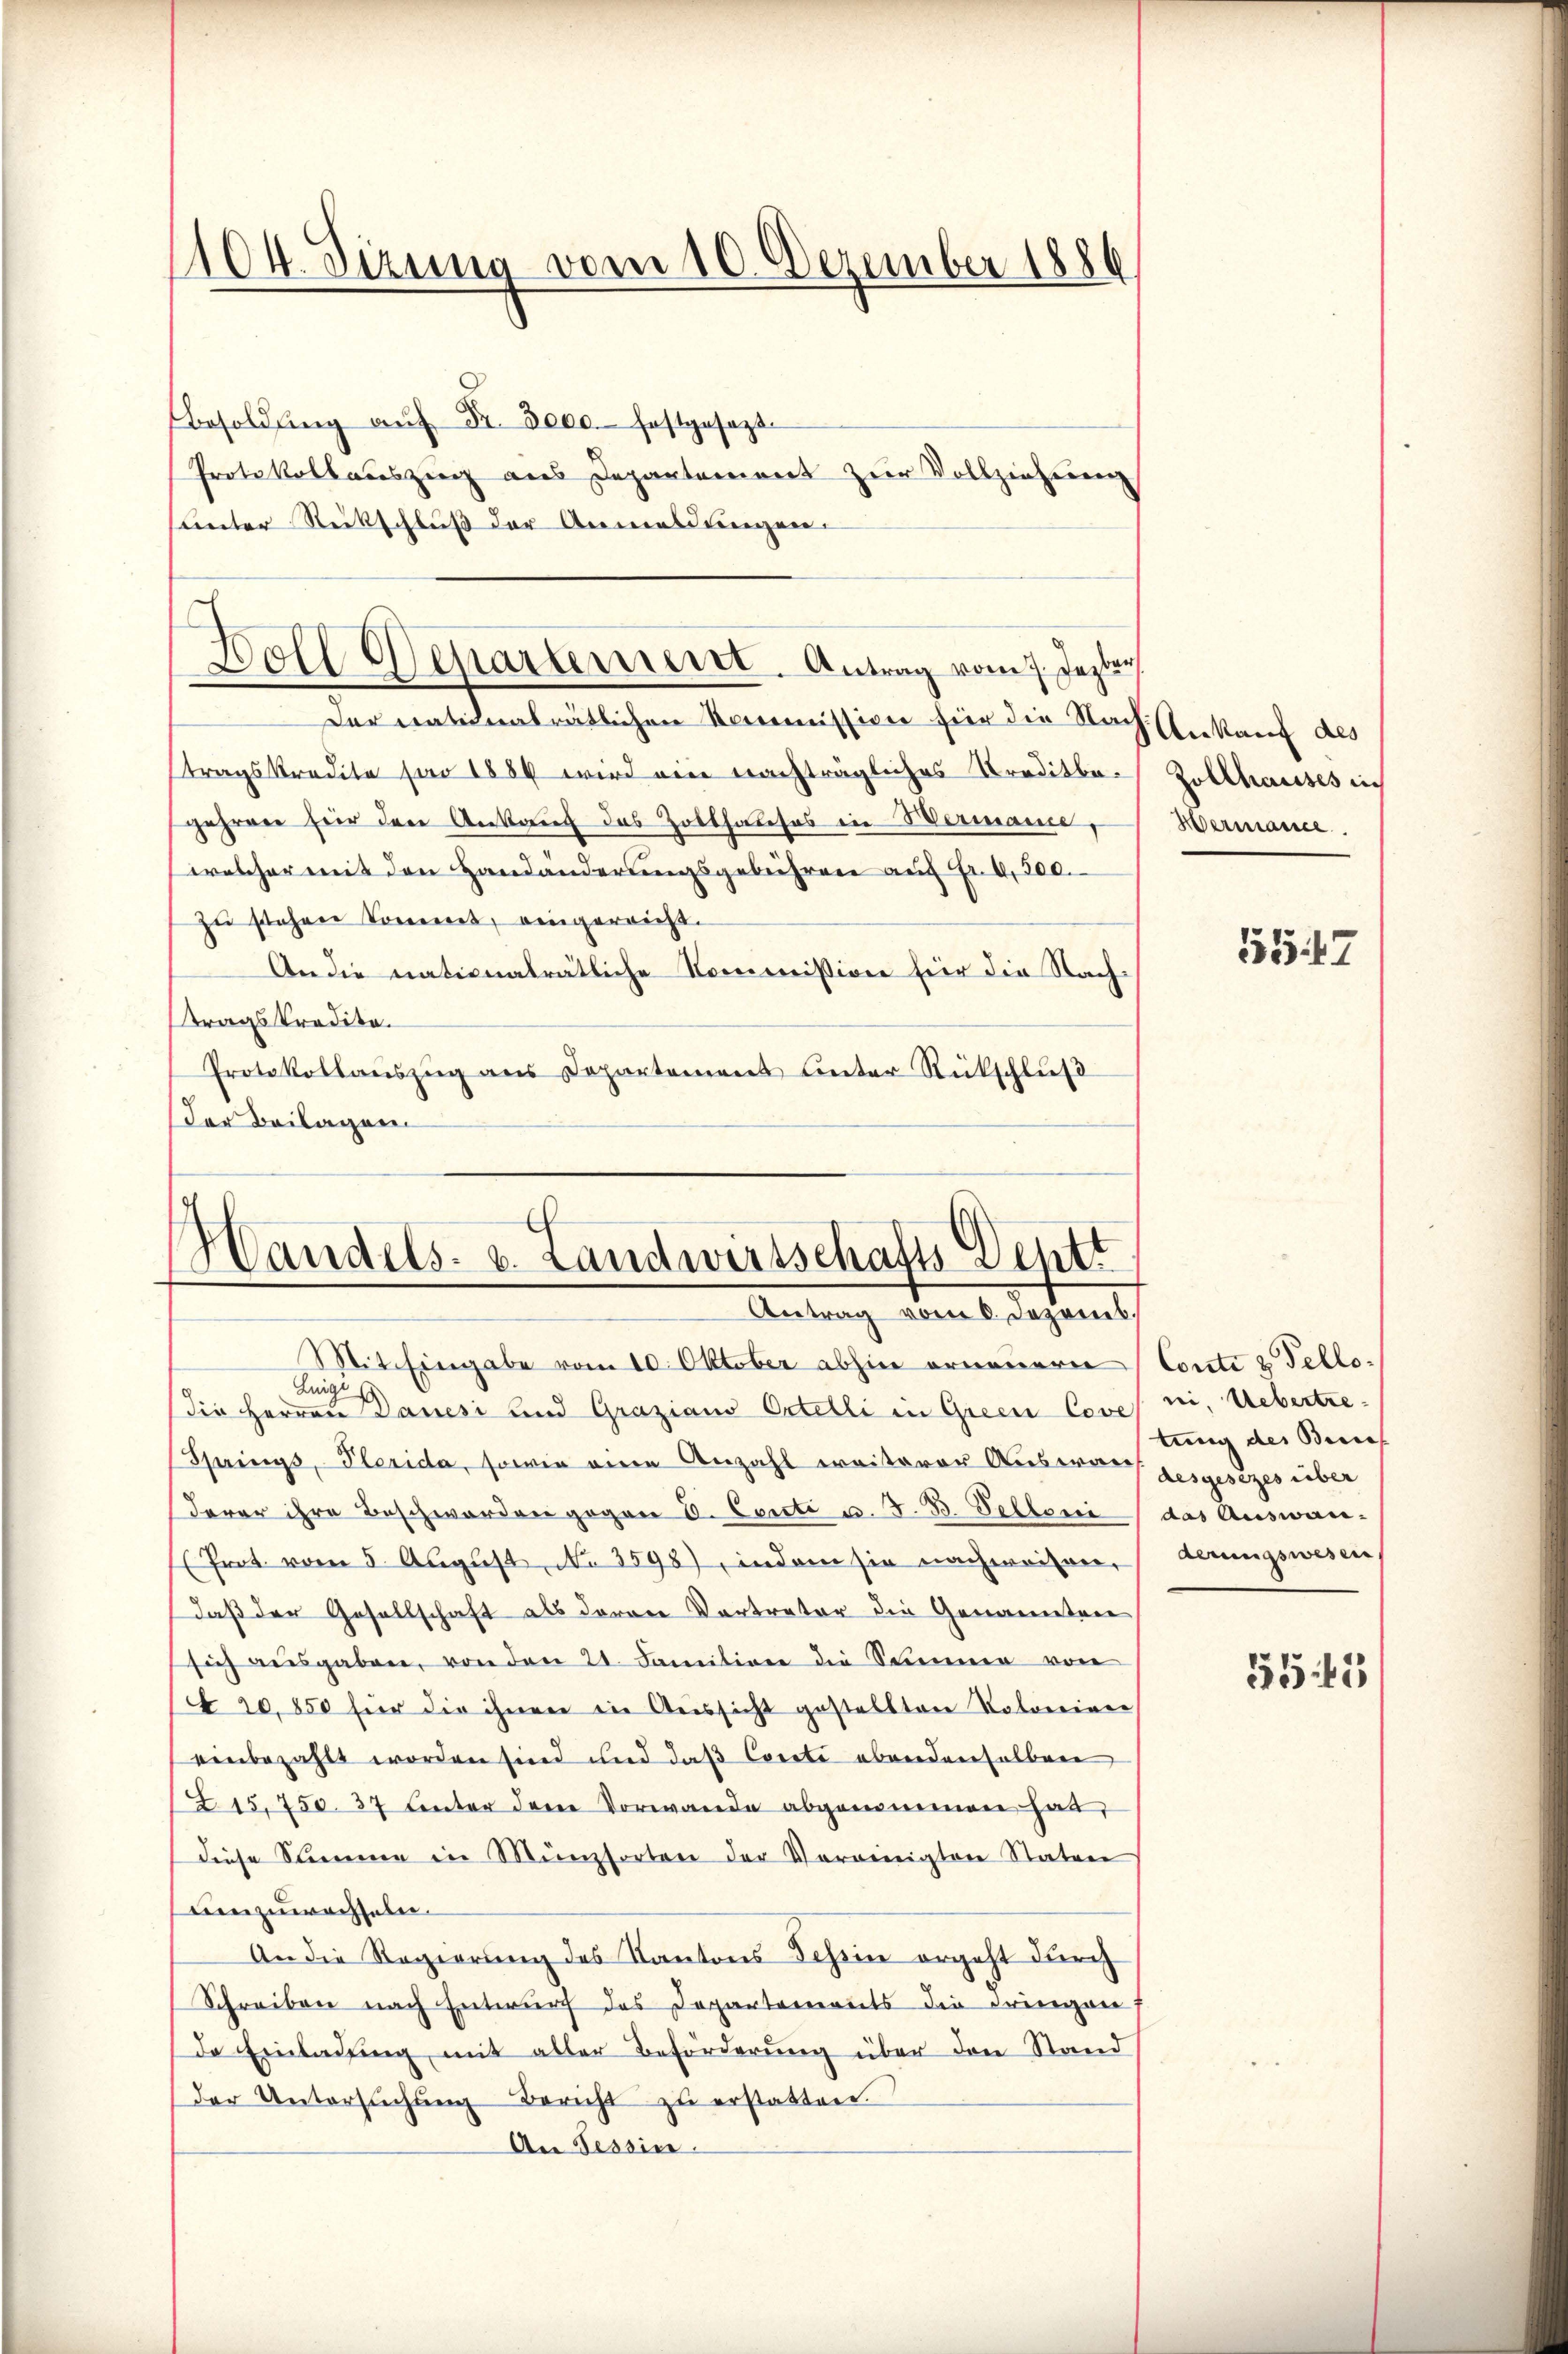
104. Sizung vom 10. Dezember 1886

Besoldung aŭf Fr. Dero festgesezt.
Protokollauszug aus Departement zur Vollziehenenn
unter Rückschluß der Anmeldungen.

Der nationalrätlichen Kommission für die Nach Ankauf des
tragskredite für 1889 wird eine nachträgliches Kreditbegehren für den Ankauf das Zotthalesos in Wermanne,
welcher mit den Handänderungsgebühren auf Fr. 4. 300.
zu stehen Konces, eingereicht.
An die nationalrätliche Kommission für die Nachttragskredito.
Protokollauszug aus Departement unter Rückschluß
der Beilagen

Boll Departeriert. Antrag vom 7. Jezter

Handels- u. Landwirtschafts Deptt
Antrag vom 6. Dezemb.

Zollhauses in
Hermanne

Mit Eingabe vom 10. Oktober abhin erneuere Conti & Fello¬
Luigi
die Herren Danesi und Grazians Ortelli in Green Cove
Springs, Plerida, sowie eine Anzahl weiterer Auswar hergesezes über
derar ihre Beschworden gegen 6. Centi u. F. B. Pelloni
(Prot. vom 5. August, No 3598), indem sie nachmaison,
daß der Gesellschaft als deren Vertreter die Genannten
sich ausgaben, von den 21. Janitiver die Stimmen von
 20,850 für die ihnen in Aussicht gestellten Notoreiner
einbezahlt worden sind und das Corati ebendenselben
215. 750. 37 unter dem Vorwande abgenommen hat,
diese Semmen in Münzsorten der Vereinigten Staten
umzuwachseln.
An die Regierung des Kantons Schein ergeht durch
Schreiben nach Entwurf des Departements die dringen 7
de Einladung mit aller Beförderung über den Stand
der Untersŭchŭng Bericht zŭ erstatten.
An Tessin.

5547

ni. Uebertre-
tung des Bun
das Auswanderungswesen

555